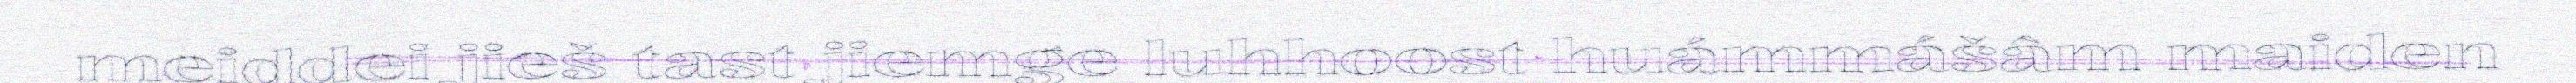
meiddei jieš tast jiemge luhhoost huámmášâm maiden